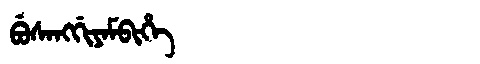
Manchu: ᠪᡠᠰᠠᠩᡤᡳᠶᠠᠮᠪᡳᡥᡝ
Romanization: BUSANGGIYAMBIHE